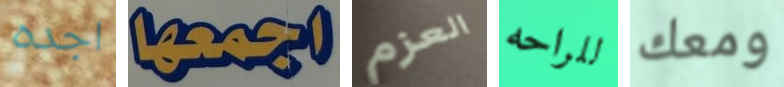
اجده اجمعها العزم للراحه ومعك